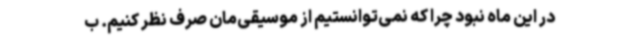
در این ماه نبود چرا که نمی‌توانستیم از موسیقی‌مان صرف نظر کنیم. ب